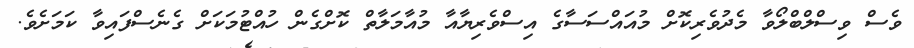
ވެސް ވިސްލްބްލޯވާ މެދުވެރިކޮށް މުއައްސަސާގެ އިސްވެރިޔާއާ މުއާމަލާތް ކޮށްގެން ހުއްޓުމަކަށް ގެނެެސްފައިވާ ކަމަށެވެ.